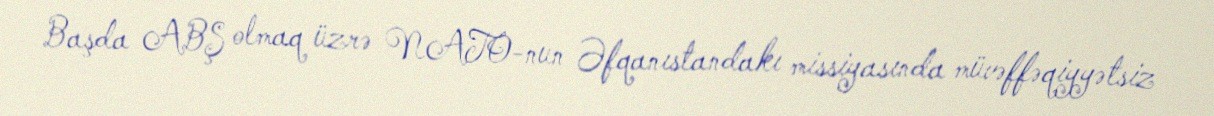
Başda ABŞ olmaq üzrə NATO-nun Əfqanıstandakı missiyasında müvəffəqiyyətsiz